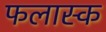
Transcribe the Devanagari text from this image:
फलास्क